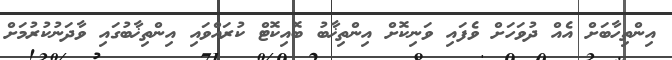
އިންތިހާބަށް އެއް ދުވަހަށް ވެފައި ވަނިކޮށް އިންތިޚާބު ބޮއިކޮޓް ކުރައްވައި އިންތިޚާބުގައި ވާދަނުކުރުމަށް